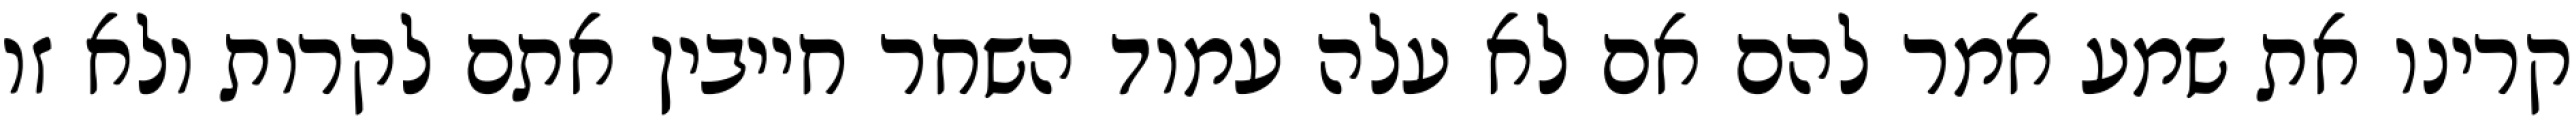
קרינו את שמע אמר להם אם לא עלה עמוד השחר חייבין אתם לקרות ולא זו